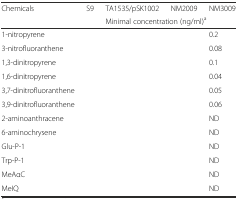
<table><thead><tr><td><b>Chemicals</b></td><td><b>S9</b></td><td><b>TA1535/pSK1002</b></td><td><b>NM2009</b></td><td><b>NM3009</b></td></tr><tr><td>[EMPTY_CELL]</td><td>[EMPTY_CELL]</td><td colspan="3"><b>Minimal concentration (ng/ml)<sup>a</sup></b></td></tr></thead><tbody><tr><td>1-nitropyrene</td><td>[EMPTY_CELL]</td><td>[EMPTY_CELL]</td><td>[EMPTY_CELL]</td><td>0.2</td></tr><tr><td>3-nitrofluoranthene</td><td>[EMPTY_CELL]</td><td>[EMPTY_CELL]</td><td>[EMPTY_CELL]</td><td>0.08</td></tr><tr><td>1,3-dinitropyrene</td><td>[EMPTY_CELL]</td><td>[EMPTY_CELL]</td><td>[EMPTY_CELL]</td><td>0.1</td></tr><tr><td>1,6-dinitropyrene</td><td>[EMPTY_CELL]</td><td>[EMPTY_CELL]</td><td>[EMPTY_CELL]</td><td>0.04</td></tr><tr><td>3,7-dinitrofluoranthene</td><td>[EMPTY_CELL]</td><td>[EMPTY_CELL]</td><td>[EMPTY_CELL]</td><td>0.05</td></tr><tr><td>3,9-dinitrofluoranthene</td><td>[EMPTY_CELL]</td><td>[EMPTY_CELL]</td><td>[EMPTY_CELL]</td><td>0.06</td></tr><tr><td>2-aminoanthracene</td><td>[EMPTY_CELL]</td><td>[EMPTY_CELL]</td><td>[EMPTY_CELL]</td><td>ND</td></tr><tr><td>6-aminochrysene</td><td>[EMPTY_CELL]</td><td>[EMPTY_CELL]</td><td>[EMPTY_CELL]</td><td>ND</td></tr><tr><td>Glu-P-1</td><td>[EMPTY_CELL]</td><td>[EMPTY_CELL]</td><td>[EMPTY_CELL]</td><td>ND</td></tr><tr><td>Trp-P-1</td><td>[EMPTY_CELL]</td><td>[EMPTY_CELL]</td><td>[EMPTY_CELL]</td><td>ND</td></tr><tr><td>MeAαC</td><td>[EMPTY_CELL]</td><td>[EMPTY_CELL]</td><td>[EMPTY_CELL]</td><td>ND</td></tr><tr><td>MeIQ</td><td>[EMPTY_CELL]</td><td>[EMPTY_CELL]</td><td>[EMPTY_CELL]</td><td>ND</td></tr></tbody></table>